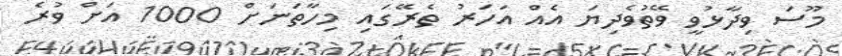
މޫސަ ވިދާޅުވީ ވޭތުވެދިޔަ އެއް އަހަރު ތެރޭގައި މިހާތަނަށް 1000 އަށް ވުރެ